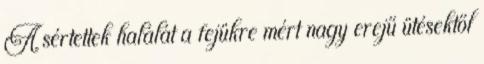
A sértettek halálát a fejükre mért nagy erejű ütésektől